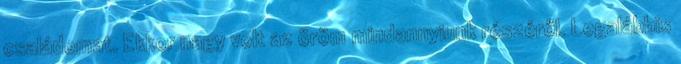
családomat. Ekkor nagy volt az öröm mindannyiunk részéről. Legalábbis